画像に写った文字を読んでください
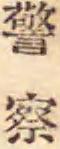
「警察」と書いてあります